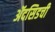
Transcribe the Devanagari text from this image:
ॲदसिडची